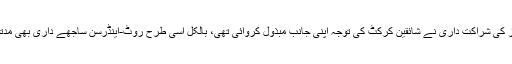
جس طرح ایگر اور ہیوز کی شراکت داری نے شائقین کرکٹ کی توجہ اپنی جانب مبذول کروائی تھی، بالکل اسی طرح روٹ-اینڈرسن ساجھے داری بھی مدتوں یاد رکھی جائے گی۔